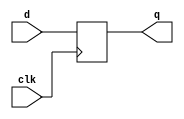
module basicreg ( clk, d, q);
input clk, d;
output q;
reg q;

(* ivl_synthesis_on *)
always @(posedge clk)
	q <= d;

endmodule